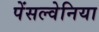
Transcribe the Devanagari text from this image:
पेंसल्वेनिया